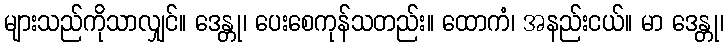
များသည်ကိုသာလျှင်။ ဒေန္တု၊ ပေးစေကုန်သတည်း။ ထောကံ၊ အနည်းငယ်။ မာ ဒေန္တု၊